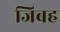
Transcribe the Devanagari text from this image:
जिबह